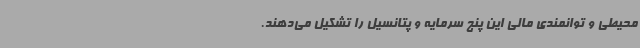
محیطی و توانمندی مالی این پنج سرمایه و پتانسیل را تشکیل می‌دهند.